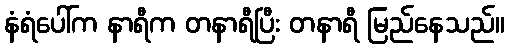
နံရံပေါ်က နာရီက တနာရီပြီး တနာရီ မြည်နေသည်။